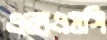
এক্সএমসি